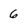
Character: 6